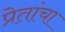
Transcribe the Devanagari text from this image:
प्रेतांचा